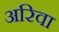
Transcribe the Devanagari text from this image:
अरिवा